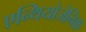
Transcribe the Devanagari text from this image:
एन्थियोजेनिक